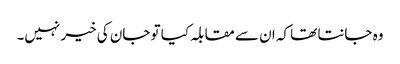
وہ جانتا تھا کہ ان سے مقابلہ کیا تو جان کی خیر نہیں۔